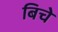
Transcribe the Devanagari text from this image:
बिचे